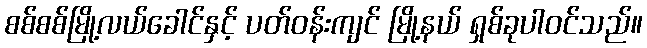
စစ်စစ်မြို့လယ်ခေါင်နှင့် ပတ်ဝန်းကျင် မြို့နယ် ရှစ်ခုပါဝင်သည်။